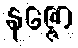
နဇ္ဇော